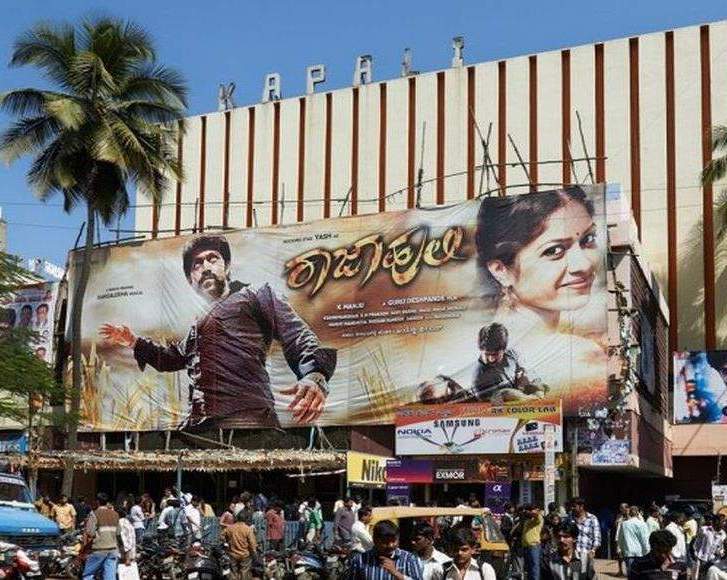
Language: kannada
Transcription: ರಾಜಾಹುಲಿ